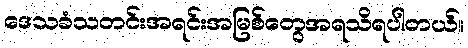
ဒေသခံသတင်းအရင်းအမြစ်တွေအရသိရပါတယ်။